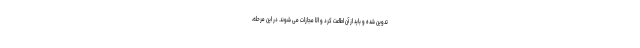
تدوین شده و باید از آن اطاعت کرد و الا مجازات می شوند. در این مرحله،